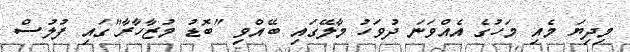
މިދިޔަ މެއި މަހުގެ އެއްވަނަ ދުވަހު މާލޭގައި ބޭއްވި "ބޮޑު މުޒާހާރާ"ގައި ފުލުސް